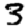
Digit: 3